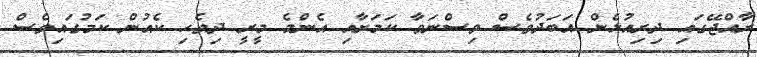
ރާއްޖޭގައި ދިރިއުޅެން އަބަދުވެސް ވިސްނަވާ ކަމަށާއި އެންމެ މީރީ ދިވެހި ކެއުން ކަމުގައިވެސް